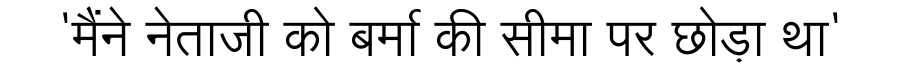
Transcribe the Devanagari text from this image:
'मैंने नेताजी को बर्मा की सीमा पर छोड़ा था'